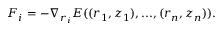
\boldsymbol { F } _ { i } = - \nabla _ { \boldsymbol { r } _ { i } } E ( ( \boldsymbol { r } _ { 1 } , z _ { 1 } ) , . . . , ( \boldsymbol { r } _ { n } , z _ { n } ) ) .